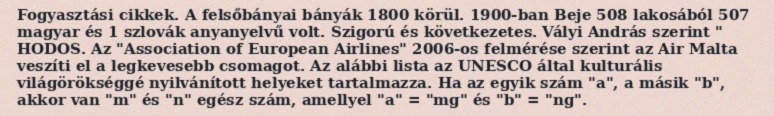
Fogyasztási cikkek. A felsőbányai bányák 1800 körül. 1900-ban Beje 508 lakosából 507 magyar és 1 szlovák anyanyelvű volt. Szigorú és következetes. Vályi András szerint " HODOS. Az "Association of European Airlines" 2006-os felmérése szerint az Air Malta veszíti el a legkevesebb csomagot. Az alábbi lista az UNESCO által kulturális világörökséggé nyilvánított helyeket tartalmazza. Ha az egyik szám "a", a másik "b", akkor van "m" és "n" egész szám, amellyel "a" = "mg" és "b" = "ng".